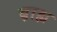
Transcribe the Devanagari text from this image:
ब़ाह्य